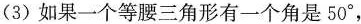
(3)如果一个等腰三角形有一个角是50^{\circ}，